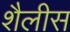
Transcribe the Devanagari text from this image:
शैलीस